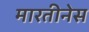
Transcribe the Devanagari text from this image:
मारतीनेस